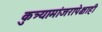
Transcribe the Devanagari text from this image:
कुत्र्यामांजरापेक्षाही